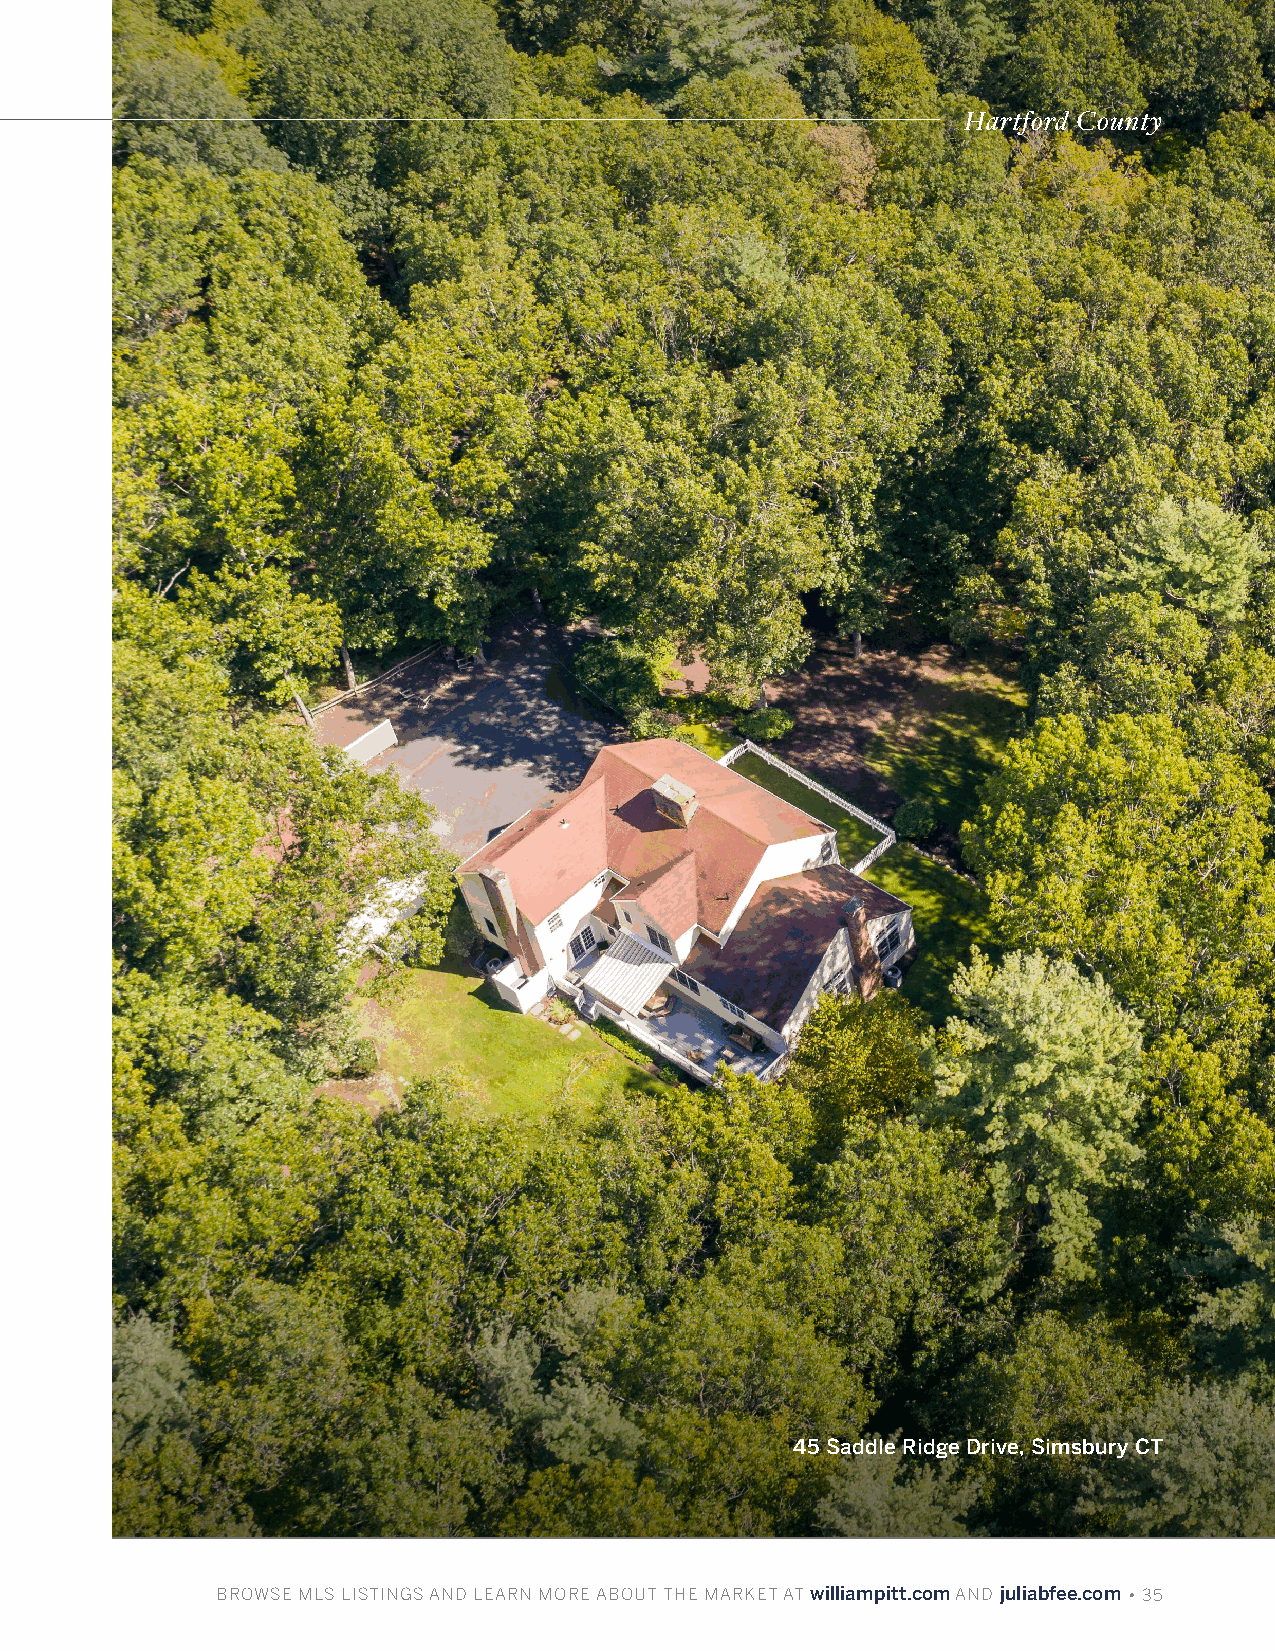
Hartford County
 45 Saddle Ridge Drive, Simsbury CT
 BBRROOWWSSEE MMLLSS LLIISSTTIINNGGSS AANNDD LLEEAARRNN MMOORREE AABBOOUUTT TTHHEE MMAARRKKEETT AATT wwiilllliiaammppiitttt..ccoomm AANNDD jjuulliiaabbffeeee..ccoomm • 35